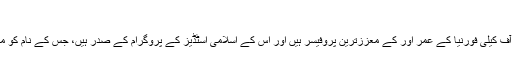
"
، کی وجہ سے پریشانی ہے جو کہ قانونAzmeralda Alfi لائس اینجلس ، کی یونیورسٹی آف کیلی فورنیا کے عمر اور کے معززترین پروفیسر ہیں اور اس کے اسلامی اسٹڈیز کے پروگرام کے صدر ہیں، جس کے نام کو میں علامتی طور کے طور پر کہوں گا، یہ وہ ہیں جو کہ حقیقت سے افسانے کے متلاشی ہیں۔